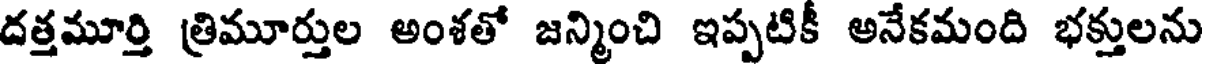
దత్తమూర్తి త్రిమూర్తుల అంశతో జన్మించి ఇప్పటికీ అనేకమంది భక్తులను